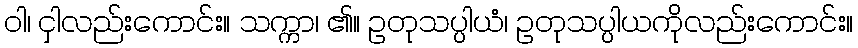
ဝါ၊ ငှါလည်းကောင်း။ သက္ကာ၊ ၏။ ဥတုသပ္ပါယံ၊ ဥတုသပ္ပါယကိုလည်းကောင်း။